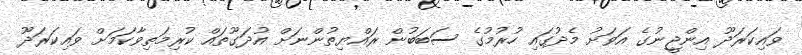
ވައިކަރަދޫ އިންޖީނުގެ އަވަށު މެދުގައި ހުރުމުގެ ސަބަބުން ރައްޔިތުންނަށް އުދަގޫތައް ކުރިމަތިވާކަމަށް ވައިކަރަދޫ